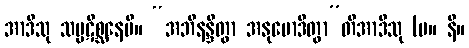
အာဒီသု သမ္ပဋိစ္ဆနေပိ။ “အဘိနန္ဒိတွာ အနုမောဒိတွာ”တိအာဒီသု (မ။ နိ။